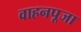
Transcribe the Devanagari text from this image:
वाहनपूजा